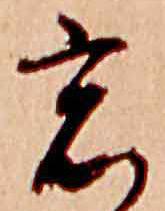
窓